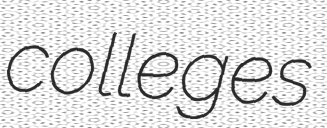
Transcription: colleges